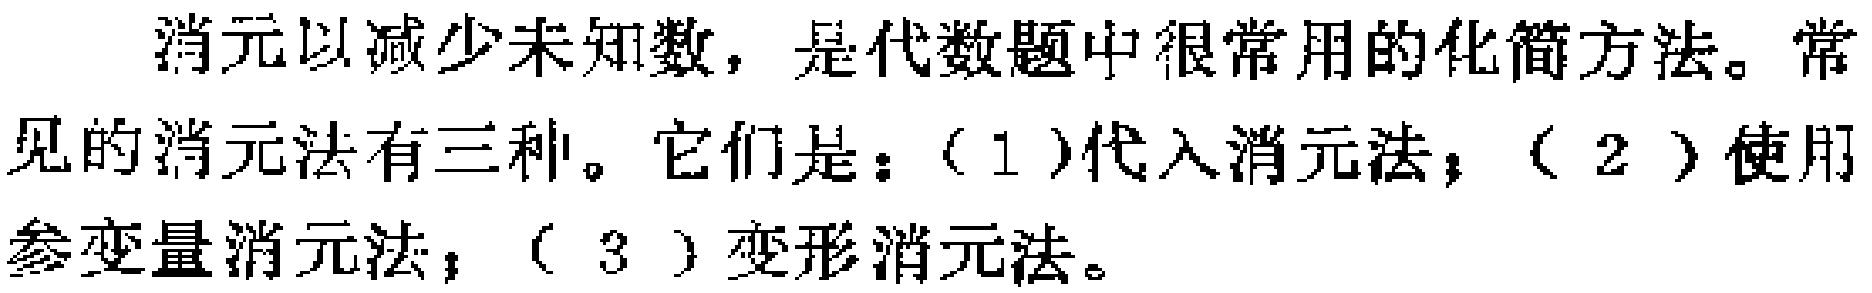
消元以减少未知数，是代数题中很常用的化简方法。常见的消元法有三种。它们是：（1）代入消元法；（2）使用参变量消元法；（3）变形消元法。